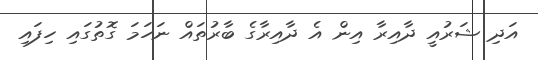
އަދި ޝަރުއީ ދާއިރާ އިން އެ ދާއިރާގެ ބާރުތައް ނަހަމަ ގޮތުގައި ހިފައި